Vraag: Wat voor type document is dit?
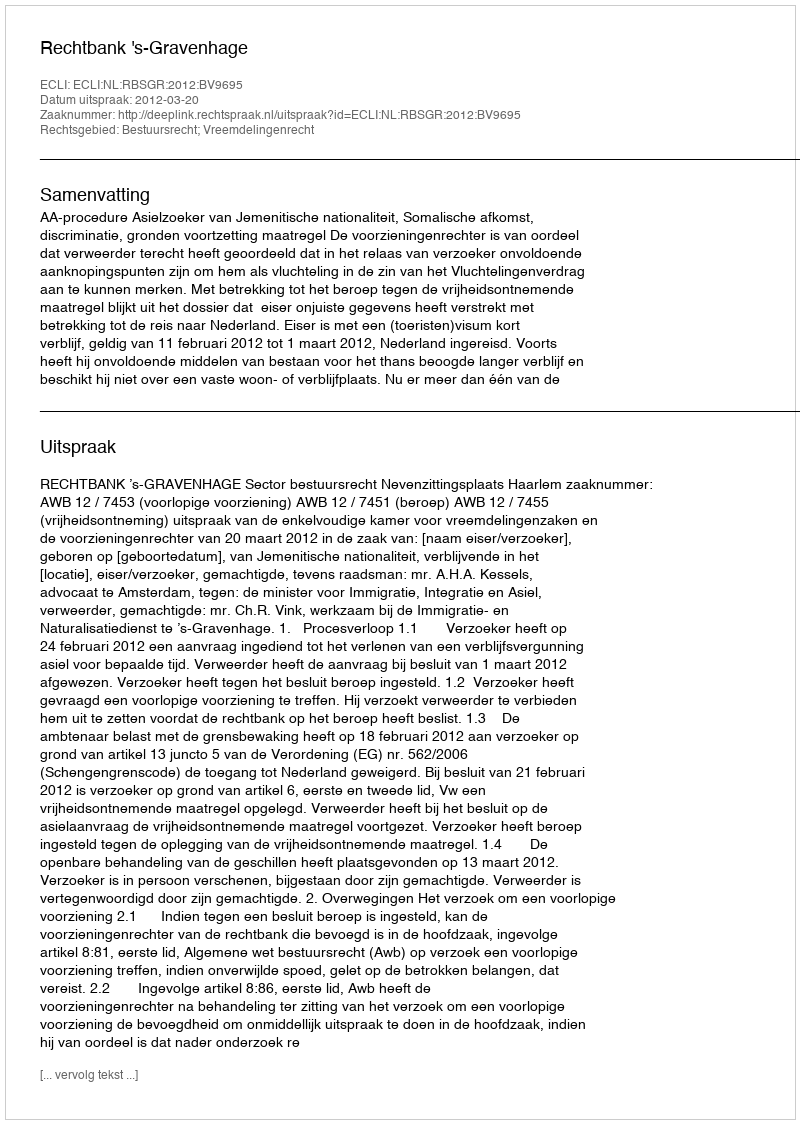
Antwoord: Uitspraak